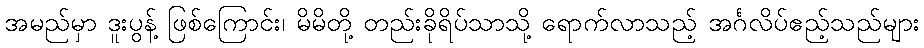
အမည်မှာ ဒူးပွန့် ဖြစ်ကြောင်း၊ မိမိတို့ တည်းခိုရိပ်သာသို့ ရောက်လာသည့် အင်္ဂလိပ်ဧည့်သည်များ